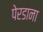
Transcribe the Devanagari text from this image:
पेरडाना